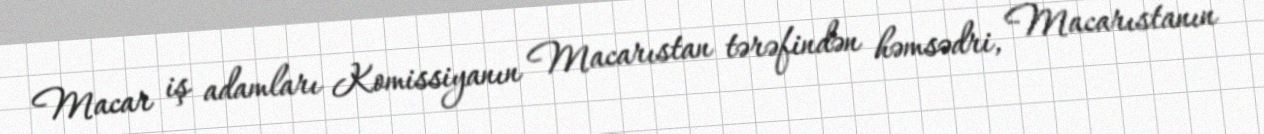
Macar iş adamları Komissiyanın Macarıstan tərəfindən həmsədri, Macarıstanın